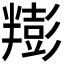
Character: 𰅿